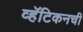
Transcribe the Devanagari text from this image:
व्हॅटिकनची